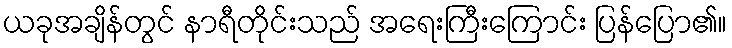
ယခုအချိန်တွင် နာရီတိုင်းသည် အရေးကြီးကြောင်း ပြန်ပြော၏။